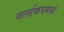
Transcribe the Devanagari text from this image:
वर्ल्डकपमध्ये